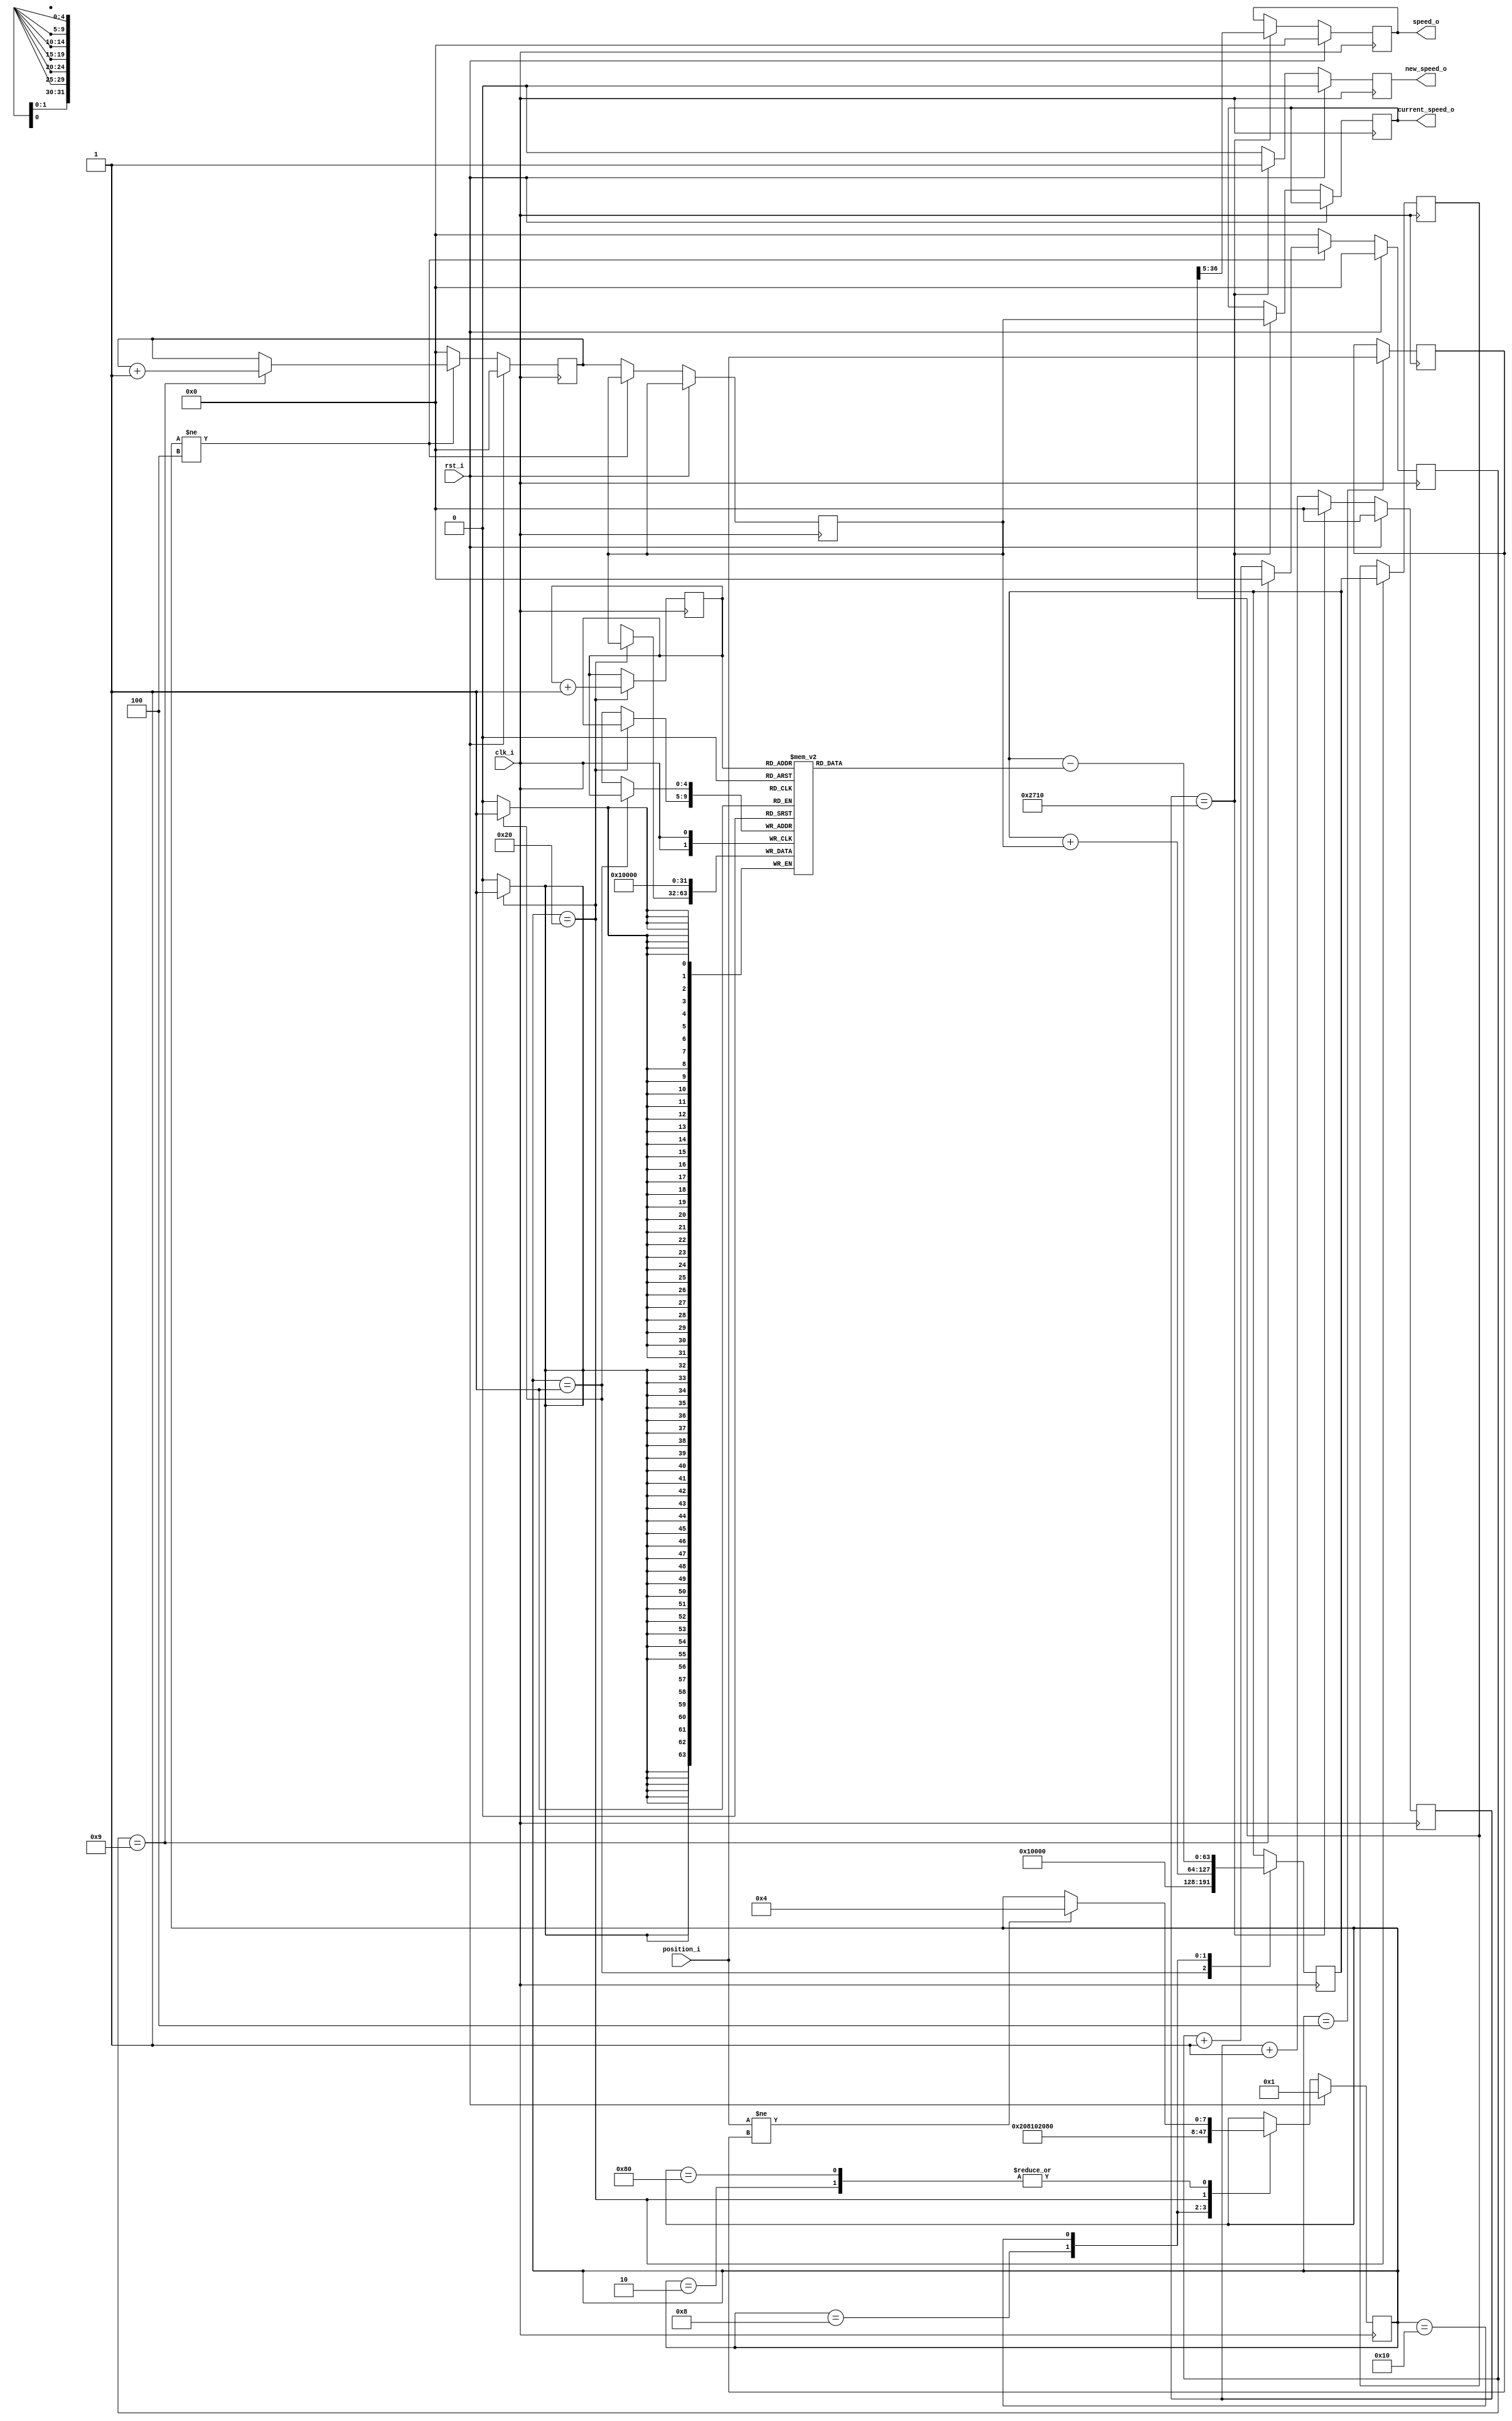
// ***************************************************************************
// ***************************************************************************
// Copyright 2014 - 2017 (c) Analog Devices, Inc. All rights reserved.
//
// In this HDL repository, there are many different and unique modules, consisting
// of various HDL (Verilog or VHDL) components. The individual modules are
// developed independently, and may be accompanied by separate and unique license
// terms.
//
// The user should read each of these license terms, and understand the
// freedoms and responsabilities that he or she has by using this source/core.
//
// This core is distributed in the hope that it will be useful, but WITHOUT ANY
// WARRANTY; without even the implied warranty of MERCHANTABILITY or FITNESS FOR
// A PARTICULAR PURPOSE.
//
// Redistribution and use of source or resulting binaries, with or without modification
// of this file, are permitted under one of the following two license terms:
//
//   1. The GNU General Public License version 2 as published by the
//      Free Software Foundation, which can be found in the top level directory
//      of this repository (LICENSE_GPL2), and also online at:
//      <https://www.gnu.org/licenses/old-licenses/gpl-2.0.html>
//
// OR
//
//   2. An ADI specific BSD license, which can be found in the top level directory
//      of this repository (LICENSE_ADIBSD), and also on-line at:
//      https://github.com/analogdevicesinc/hdl/blob/master/LICENSE_ADIBSD
//      This will allow to generate bit files and not release the source code,
//      as long as it attaches to an ADI device.
//
// ***************************************************************************
// ***************************************************************************

`timescale 1ns / 1ps

module speed_detector
//----------- Paramters Declarations -------------------------------------------
#(
    parameter   AVERAGE_WINDOW   = 32,      // Averages data on the latest samples
    parameter   LOG_2_AW         = 5,       // Average window is 2 ^ LOG_2_AW
    parameter   SAMPLE_CLK_DECIM = 10000
)
//----------- Ports Declarations -----------------------------------------------
(
    input               clk_i,
    input               rst_i,
    input       [ 2:0]  position_i,         // position as determined by the sensors
    output reg          new_speed_o,        // signals a new speed has been computed
    output reg  [31:0]  current_speed_o,    // data bus with the current speed
    output reg  [31:0]  speed_o             // data bus with the mediated speed
);

//------------------------------------------------------------------------------
//----------- Local Parameters -------------------------------------------------
//------------------------------------------------------------------------------
localparam AW             = LOG_2_AW - 1;
localparam MAX_SPEED_CNT  = 32'h10000;

//State machine
localparam RESET            = 8'b00000001;
localparam INIT             = 8'b00000010;
localparam CHANGE_POSITION  = 8'b00000100;
localparam ADD_COUNTER      = 8'b00001000;
localparam SUBSTRACT_MEM    = 8'b00010000;
localparam UPDATE_MEM       = 8'b00100000;
localparam IDLE             = 8'b10000000;

//------------------------------------------------------------------------------
//----------- Registers Declarations -------------------------------------------
//------------------------------------------------------------------------------
reg [ 2:0]  position_old;
reg [63:0]  avg_register;
reg [63:0]  avg_register_stable;
reg [31:0]  cnt_period;
reg [31:0]  decimation;                   // register used to divide by ten the speed
reg [31:0]  cnt_period_old;
reg [31:0]  fifo [0:((2**LOG_2_AW)-1)];   // 32 bit wide RAM
reg [AW:0]  write_addr;
reg [AW:0]  read_addr;

reg [31:0]  sample_clk_div;

reg [ 7:0]  state;
reg [ 7:0]  next_state;

//------------------------------------------------------------------------------
//----------- Assign/Always Blocks ---------------------------------------------
//------------------------------------------------------------------------------
// Count ticks per position
always @(posedge clk_i)
begin
    if(rst_i == 1'b1)
    begin
        cnt_period <= 32'b0;
        decimation <= 32'b0;
    end
    else
    begin
        if(state != CHANGE_POSITION)
        begin
            if(decimation == 9)
            begin
                cnt_period <= cnt_period + 1;
                decimation <= 32'b0;
            end
            else
            begin
                decimation  <= decimation + 1;
            end
        end
        else
        begin
            decimation      <= 32'b0;
            cnt_period      <= 32'b0;
            cnt_period_old  <= cnt_period;
        end
    end
end

always @(posedge clk_i)
begin
    if(rst_i == 1'b1)
    begin
        state <= RESET;
    end
    else
    begin
        state <= next_state;
    end
end

always @*
begin
    next_state = state;
    case(state)
        RESET:
        begin
            next_state = INIT;
        end
        INIT:
        begin
            if(position_i != position_old)
            begin
                next_state = CHANGE_POSITION;
            end
        end
        CHANGE_POSITION:
        begin
            next_state = ADD_COUNTER;
        end
        ADD_COUNTER:
        begin
            next_state = SUBSTRACT_MEM;
        end
        SUBSTRACT_MEM:
        begin
            next_state = UPDATE_MEM;
        end
        UPDATE_MEM:
        begin
            next_state          = IDLE;
        end
        IDLE:
        begin
            if(position_i != position_old)
            begin
                next_state = CHANGE_POSITION;
            end
        end
    endcase
end

always @(posedge clk_i)
begin
    case(state)
        RESET:
        begin
            avg_register        <= MAX_SPEED_CNT;
            fifo[write_addr]    <= MAX_SPEED_CNT;
        end
        INIT:
        begin
        end
        CHANGE_POSITION:
        begin
            position_old <= position_i;
        end
        ADD_COUNTER:
        begin
            avg_register <= avg_register + cnt_period_old ;
        end
        SUBSTRACT_MEM:
        begin
            avg_register <= avg_register - fifo[write_addr];
        end
        UPDATE_MEM:
        begin
            fifo[write_addr]    <= cnt_period_old;
            write_addr          <= write_addr + 1;
            avg_register_stable <= avg_register;
        end
        IDLE:
        begin
        end
    endcase
end

// Stable sampling frequency of the motor speed
always @(posedge clk_i)
begin
    if(rst_i == 1'b1)
    begin
        sample_clk_div  <= 0;
        speed_o         <= 0;
        new_speed_o     <= 0;
    end
    else
    begin
        if(sample_clk_div == SAMPLE_CLK_DECIM)
        begin
            sample_clk_div  <= 0;
            speed_o         <=(avg_register_stable >> LOG_2_AW);
            new_speed_o     <= 1;
            current_speed_o <= cnt_period_old;
        end
        else
        begin
            new_speed_o     <= 0;
            sample_clk_div  <= sample_clk_div + 1;
        end
    end
end

endmodule